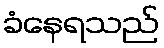
ခံနေရသည်